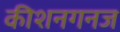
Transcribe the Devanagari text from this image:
कीशनगनज